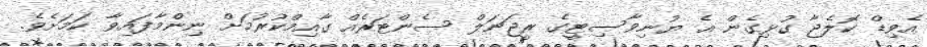
އެވިޑް ކޮލެޖާ ގުޅިގެން އެ ޔުނިވާސިޓީގެ ރީޖަނަލް ސެންޓަރެއް ގާއިމްކުރުމަށް ނިންމާފައިވާ ކަމަށެވެ.